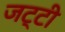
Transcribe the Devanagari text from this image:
जट्टी